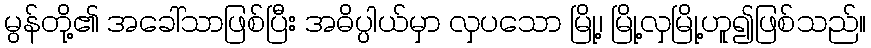
မွန်တို့၏ အခေါ်သာဖြစ်ပြီး အဓိပ္ပါယ်မှာ လှပသော မြို့၊ မြို့လှမြို့ဟူ၍ဖြစ်သည်။